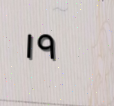
١٩